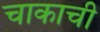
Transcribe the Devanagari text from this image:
चाकाची